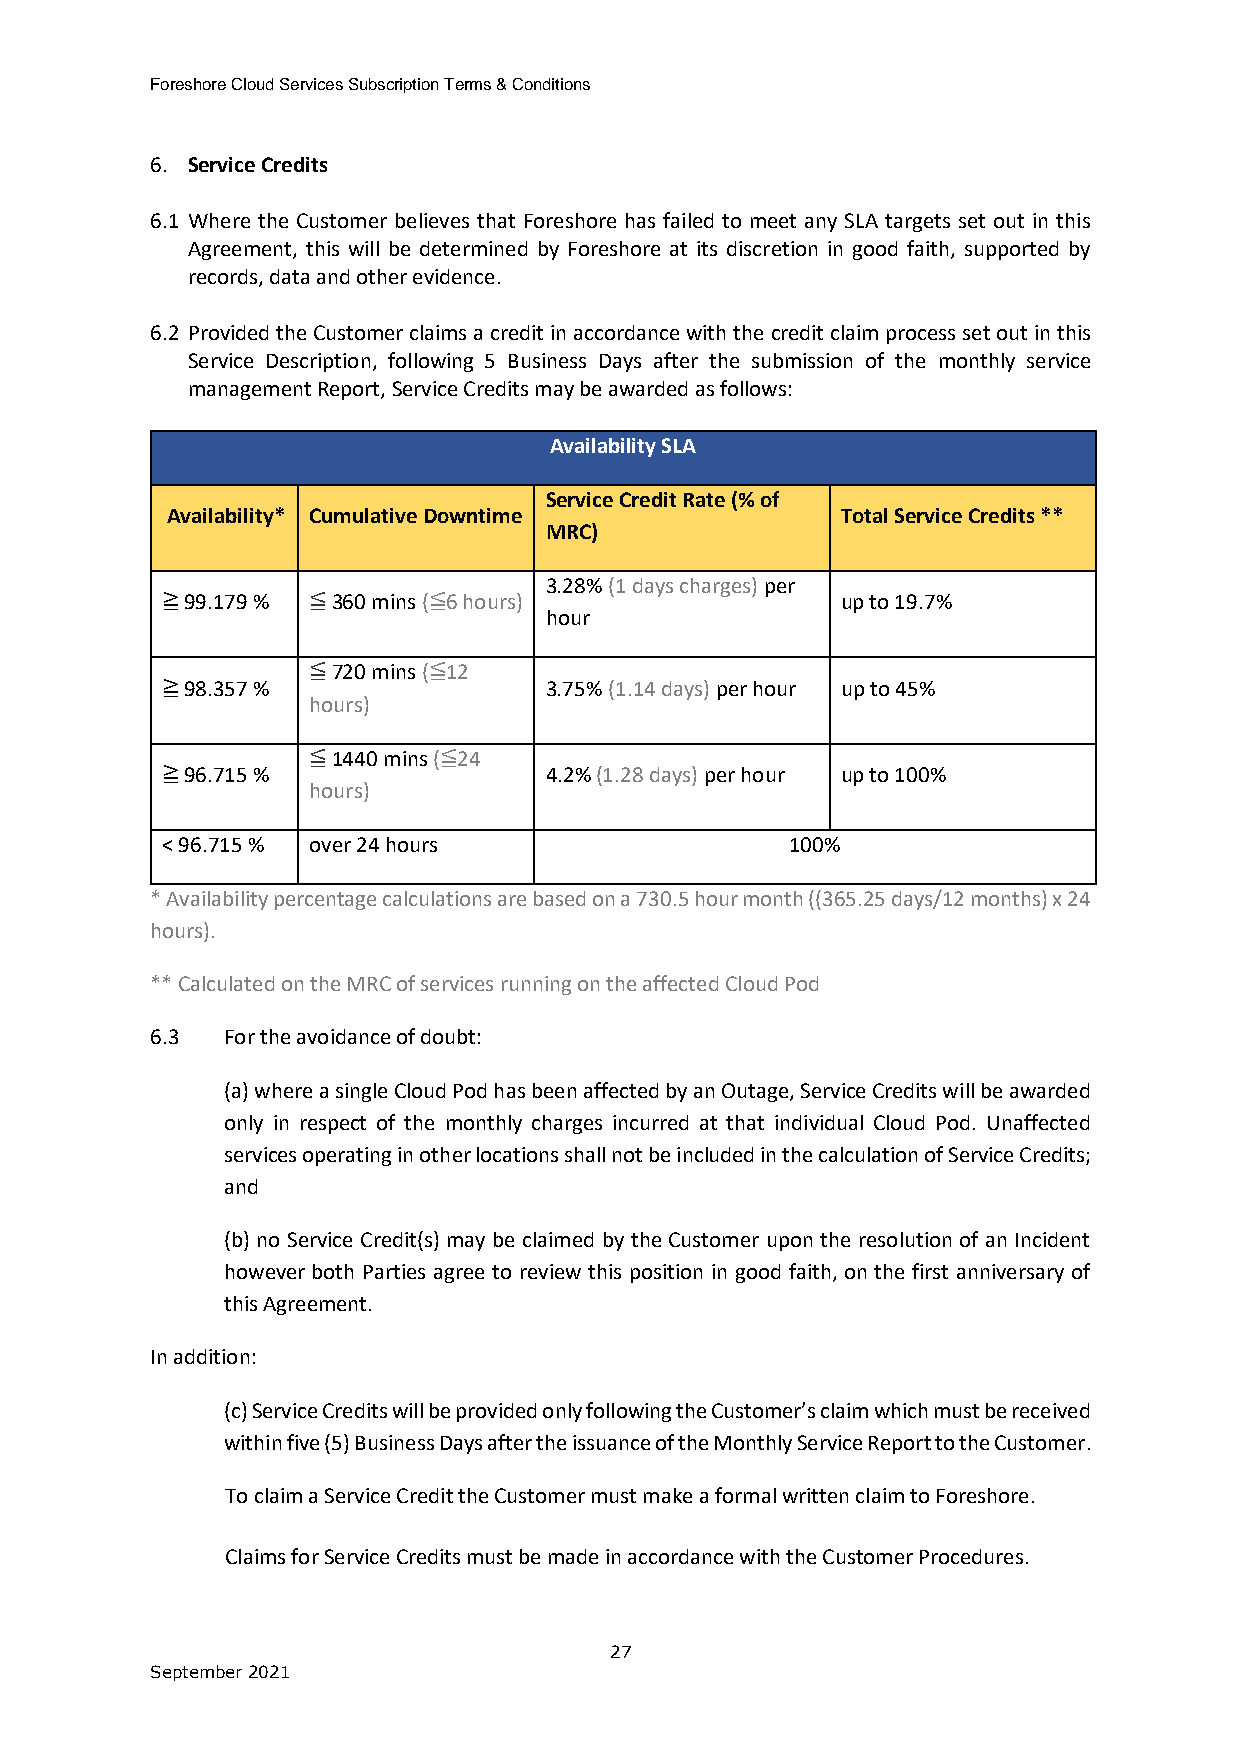
Foreshore Cloud Services Subscription Terms & Conditions
 6. Service Credits
 6.1 Where the Customer believes that Foreshore has failed to meet any SLA targets set out in this
 Agreement, this will be determined by Foreshore at its discretion in good faith, supported by
 records, data and other evidence.
 6.2 Provided the Customer claims a credit in accordance with the credit claim process set out in this
 Service Description, following 5 Business Days after the submission of the monthly service
 management Report, Service Credits may be awarded as follows:
 Availability SLA
 Service Credit Rate (% of
 Availability* Cumulative Downtime            Total Service Credits **
 MRC)
 3.28% (1 days charges) per
 ≧ 99.179 % ≦ 360 mins (≦6 hours)             up to 19.7%
 hour
 ≦ 720 mins (≦12
 ≧ 98.357 %               3.75% (1.14 days) per hour up to 45%
 hours)
 ≦ 1440 mins (≦24
 ≧ 96.715 %               4.2% (1.28 days) per hour up to 100%
 hours)
 < 96.715 % over 24 hours                 100%
 * Availability percentage calculations are based on a 730.5 hour month ((365.25 days/12 months) x 24
 hours).
 ** Calculated on the MRC of services running on the affected Cloud Pod
 6.3  For the avoidance of doubt:
 (a) where a single Cloud Pod has been affected by an Outage, Service Credits will be awarded
 only in respect of the monthly charges incurred at that individual Cloud Pod. Unaffected
 services operating in other locations shall not be included in the calculation of Service Credits;
 and
 (b) no Service Credit(s) may be claimed by the Customer upon the resolution of an Incident
 however both Parties agree to review this position in good faith, on the first anniversary of
 this Agreement.
 In addition:
 (c) Service Credits will be provided only following the Customer’s claim which must be received
 within five (5) Business Days after the issuance of the Monthly Service Report to the Customer.
 To claim a Service Credit the Customer must make a formal written claim to Foreshore.
 Claims for Service Credits must be made in accordance with the Customer Procedures.
 27
 September 2021